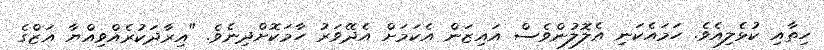
ހިތާއި ކުޅެލިއެވެ. ހަމައެކަނި އެލޮލުންވެސް އައިޒަން އެކަމަށް އެދޭވަރު ހާމަކޮށްދިނެވެ. "އިރާދަކުރެއްވިއްޔާ އަޒްގެ